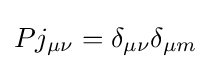
Pj_{\mu \nu }=\delta _{\mu \nu }\delta _{\mu m}